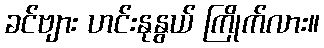
ခင်ဗျား ဟင်းနုနွယ် ကြိုက်လား။